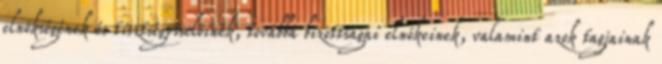
elnökségének és tisztségviselőinek, továbbá bizottságai elnökeinek, valamint azok tagjainak